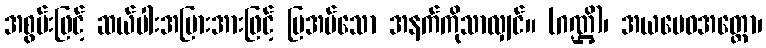
အစွမ်းဖြင့် ဆယ်ပါးအပြားအားဖြင့် ပြအပ်သော အနက်ကိုသာလျှင်။ (ဂဏ္ဌိ)၊ အယမေဝအတ္ထော၊